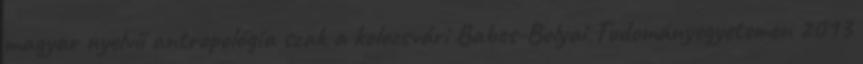
magyar nyelvű antropológia szak a kolozsvári Babes-Bolyai Tudományegyetemen 2013